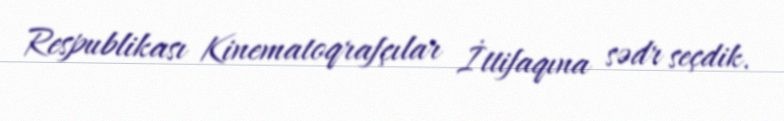
Respublikası Kinematoqrafçılar İttifaqına sədr seçdik.